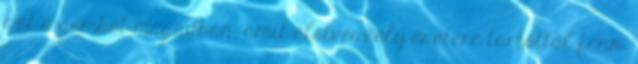
azt a gombot magadban, amit életveszély esetére tartottál fenn.